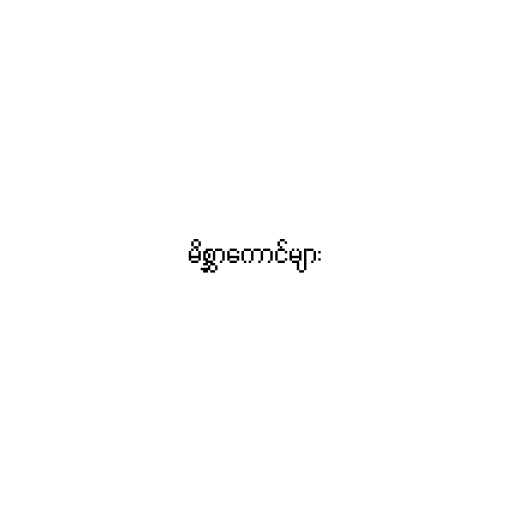
မိစ္ဆာကောင်များ